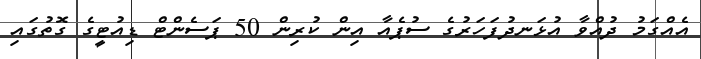
އެއްގަމު ދުއްވާ އުޅަނދުފަހަރުގެ ސުޕެއާ އިން ކުރިން 50 ޕަސެންޓް ޑިއުޓީގެ ގޮތުގައި